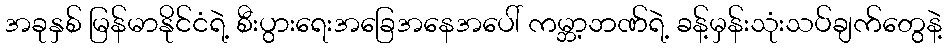
အခုနှစ် မြန်မာနိုင်ငံရဲ့ စီးပွားရေးအခြေအနေအပေါ် ကမ္ဘာ့ဘဏ်ရဲ့ ခန့်မှန်းသုံးသပ်ချက်တွေနဲ့